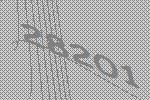
28201